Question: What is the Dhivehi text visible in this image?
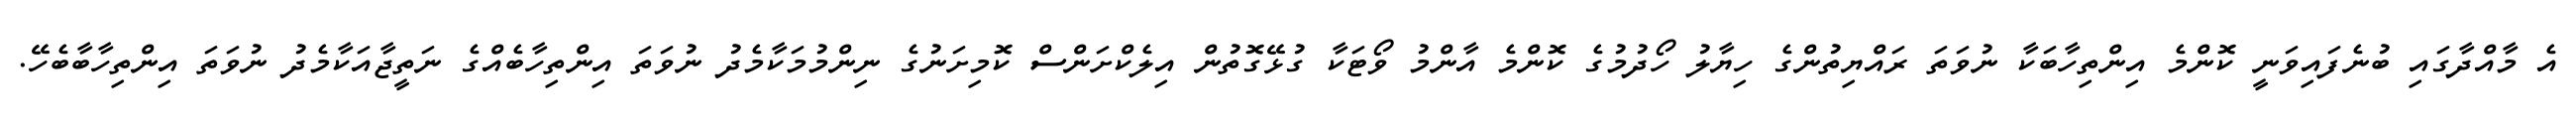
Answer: އެ މާއްދާގައި ބުނެފައިވަނީ ކޮންމެ އިންތިހާބަކާ ނުވަތަ ރައްޔިތުންގެ ހިޔާލު ހޯދުމުގެ ކޮންމެ އާންމު ވޯޓަކާ ގުޅޭގޮތުން އިލެކްށަންސް ކޮމިށަނުގެ ނިންމުމަކާމެދު ނުވަތަ އިންތިހާބެއްގެ ނަތީޖާއަކާމެދު ނުވަތަ އިންތިހާބާބެހޭ.